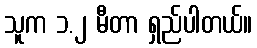
သူက ၁.၂ မီတာ ရှည်ပါတယ်။